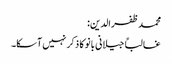
محمد ظفرالدین:
غالباً جیلانی بانو کا ذکر نہیں آسکا۔